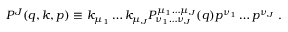
{ \cal P } ^ { J } ( q , k , p ) \equiv k _ { \mu _ { 1 } } \ldots k _ { \mu _ { J } } { \cal P } _ { \nu _ { 1 } \ldots \nu _ { J } } ^ { \mu _ { 1 } \ldots \mu _ { J } } ( q ) p ^ { \nu _ { 1 } } \ldots p ^ { \nu _ { J } } \; .